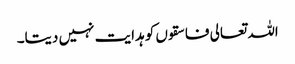
اللہ تعالی فاسقوں کو ہدایت نہیں دیتا۔